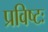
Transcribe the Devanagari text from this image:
प्रविष्टः